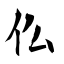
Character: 仫